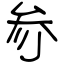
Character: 参